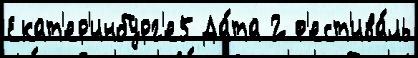
Екат'ер'инбург'е5 Да́та 2 ф'ест'ива́ль